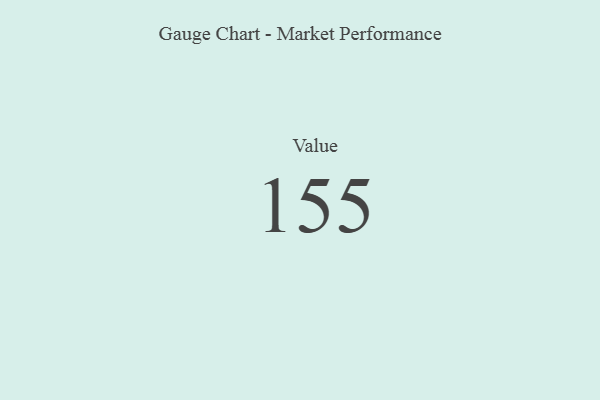
{"axis": {"x": "Metric", "y": "Value"}, "legend": [""], "data": [{"x": "Value", "y": 155, "type": ""}]}